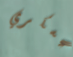
عسكري